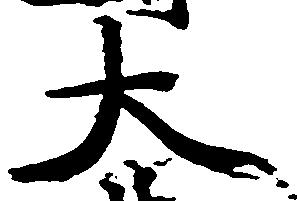
大